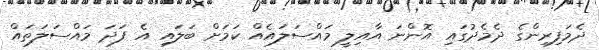
ދެމަފިރިންގެ ދެމެދުގައި އޮންނަ އާއިލީ މައްސަލައެއް ކަމަށް ބަލައި އެ ފަދަ މައްސަލަތައް